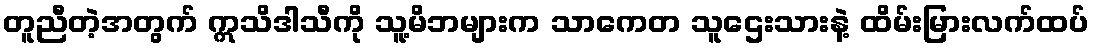
တူညီတဲ့အတွက် ဣသိဒါသီကို သူ့မိဘများက သာကေတ သူဌေးသားနဲ့ ထိမ်းမြားလက်ထပ်